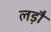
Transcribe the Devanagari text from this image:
लड़ौं